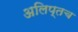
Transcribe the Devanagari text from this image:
अलिप्तच